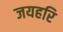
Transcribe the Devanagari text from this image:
जयहरि